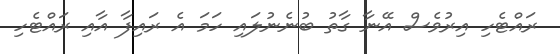
ރައްޓެހި އިރުވެސް އޭނާ ގާތު ބުނެނުލައި ހަމަ އެ ރައިފާ އާއި ރައްޓެހި